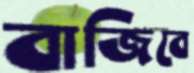
বাজিবে